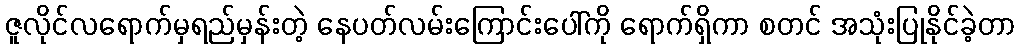
ဇူလိုင်လရောက်မှရည်မှန်းတဲ့ နေပတ်လမ်းကြောင်းပေါ်ကို ရောက်ရှိကာ စတင် အသုံးပြုနိုင်ခဲ့တာ